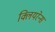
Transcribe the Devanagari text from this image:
क्लियरेन्स